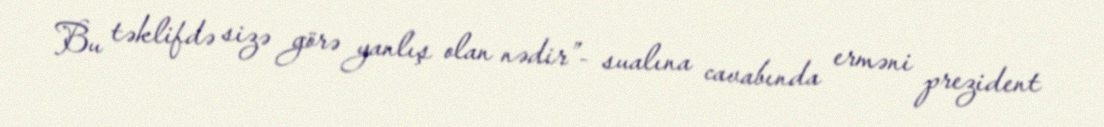
Bu təklifdə sizə görə yanlış olan nədir”- sualına cavabında erməni prezident